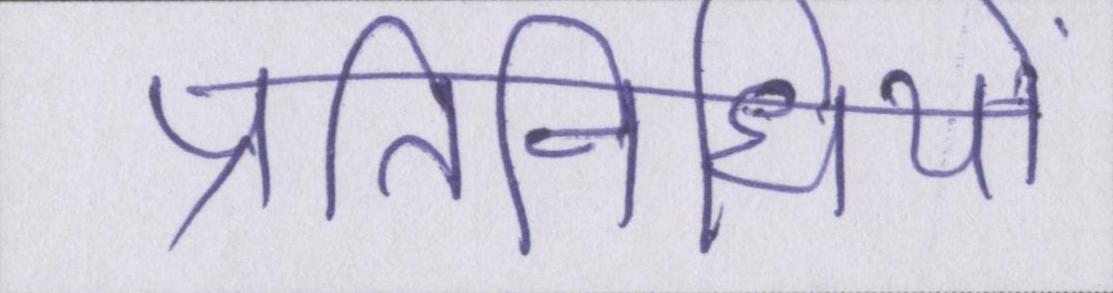
प्रतिनिधियों